system: You are a helpful assistant.
user:
Analyze the provided spectrum to determine if it is a **White Dwarf (WD)**.

A White Dwarf spectrum is defined by its **extreme purity** (due to gravitational settling) and/or **extreme pressure broadening** (due to high surface gravity). You must check for one of the following mutually exclusive signatures:

- **Key Visual Indicators (Check for ONE of these types):**

    - **1. DA-Type Signature (Most Common):**
        - **(Primary Feature):** Extreme pressure broadening (Stark broadening) of the **Hydrogen (H) Balmer lines**.
        - **(Key Lines):** $H\beta$ (approx. $4861$ Å) and $H\gamma$ (approx. $4340$ Å). $H\alpha$ (approx. $6563$ Å) will also be present if the wavelength range covers it.
        - **(Line Profile):** This is the **defining feature**. The lines are **NOT** sharp. They appear as massive, **extremely broad and deep "troughs" or "dips"** in the spectrum, often hundreds of Ångströms wide. The continuum will appear to "scoop" down at these wavelengths.
        - **(Distinction):** Normal A-type or B-type stars have *narrow* and *sharp* Hydrogen lines. A DA White Dwarf's lines are unmistakably "smeared" or "blurry" from pressure.

    - **2. DB-Type Signature:**
        - **(Primary Feature):** Broad absorption lines from **Neutral Helium (He I)**. The spectrum must lack any visible Hydrogen lines.
        - **(Key Lines):** Look for broad absorption near $4471$ Å, $4921$ Å, and $5876$ Å.
        - **(Line Profile):** These lines are also significantly pressure-broadened, appearing much wider than they would in a normal B-type main-sequence star.

    - **3. DC-Type Signature:**
        - **(Primary Feature):** A **featureless continuous spectrum**.
        - **(Line Profile):** The spectrum is a smooth curve with **no significant absorption or emission lines**.
        - **(Key Confirmation):** The continuum is almost always **blue or white**, indicating a hot object. This signature implies the atmosphere is so pure (or so cool) that no spectral lines are visible in the optical range. Its WD identity is confirmed by its extremely low intrinsic brightness (high absolute magnitude).

    - **4. DZ-Type Signature (Metal-Polluted):**
        - **(Primary Feature):** **Isolated, narrow metal absorption lines** on an otherwise featureless (DC-like) continuum.
        - **(Key Lines):** The **Calcium (Ca II) H & K doublet** (approx. **$3934$ Å** and **$3968$ Å**) is the most common and defining feature.
        - **(Line Profile):** These lines are "out of place." They are *not* part of a "forest" of thousands of lines. This signature is evidence of recent *accretion* (pollution) from rocky debris.
        - **(Distinction):** Normal G/K/M stars have a *dense forest* of thousands of metal lines. A DZ has a *clean* continuum with *only a few* strong metal lines.

    - **5. DQ-Type Signature (Carbon-Polluted):**
        - **(Primary Feature):** Absorption bands from **Carbon (C₂ "Swan Bands" or atomic C I)**.
        - **(Key Lines - C₂):** Look for bandheads with a "saw-tooth" shape near $5635$ Å, **$5165$ Å** (strongest), and $4737$ Å.
        - **(Key Confirmation):** The underlying **continuum must be blue or white** (hot).
        - **(Distinction):** This is the critical difference from a **Carbon Star**, which has the *exact same* C₂ bands but on an extremely **red, cool** continuum.

- **(Overall Spectrum):**
    - The continuum (overall shape) is typically **blue-sloping** (brighter in the blue than the red), as most white dwarfs are very hot.
    - The spectrum will look "pure" or "simple," dominated by only *one* of the five signatures listed above.

Think first, call **spectral_visualization_tool** if needed to examine features in detail, then provide your final answer. Your response must adhere to the following strict rules:
1.  **Overall Structure:** Your response must follow the format `<think>...</think> <tool_call>...</tool_call> (if a tool is used) <answer>...</answer>`.
2.  **Tool Usage Constraint:** You may only make **one** tool call per turn.
3.  **Final Answer Format:** In the `<answer>` tag, your conclusion must be inside a `\boxed{}` command (e.g., `\boxed{YES}` or `\boxed{NO}`), followed by your justification.

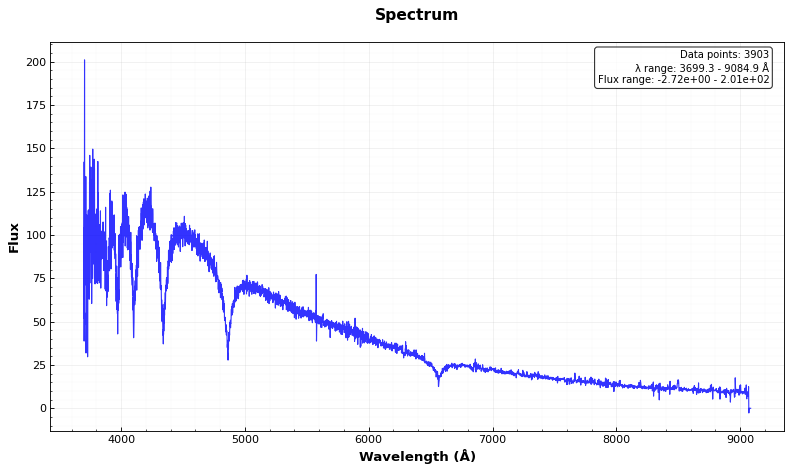
Answer: YES